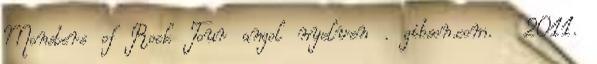
Monsters of Rock Tour angol nyelven . gibson.com. 2011.